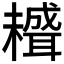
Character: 𦗱